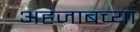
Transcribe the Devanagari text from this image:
अहजाबच्या